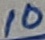
Text: 10